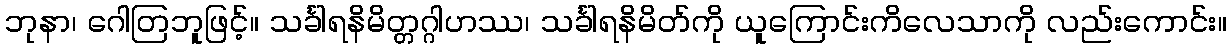
ဘုနာ၊ ဂေါတြဘူဖြင့်။ သင်္ခါရနိမိတ္တဂ္ဂါဟဿ၊ သင်္ခါရနိမိတ်ကို ယူကြောင်းကိလေသာကို လည်းကောင်း။